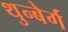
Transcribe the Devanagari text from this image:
थुन्बेर्ग